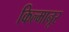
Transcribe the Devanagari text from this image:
किल्मानूर